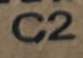
C2